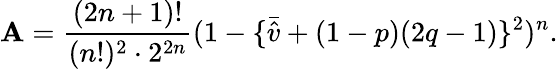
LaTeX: \mathbf{A}=\frac{{(2n+1)!}}{{(n!)^{2}\cdot2^{2n}}}(1-\{ \bar{{\hat{{v}}}}+(1-p)(2q-1)\} ^{2})^{n}.